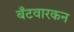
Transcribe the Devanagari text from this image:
बँटवारकन